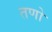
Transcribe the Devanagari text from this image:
तणो